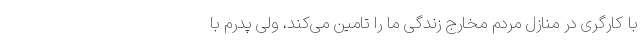
با کارگری در منازل مردم مخارج زندگی ما را تامین می‌کند، ولی پدرم با